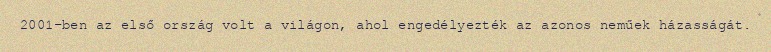
2001-ben az első ország volt a világon, ahol engedélyezték az azonos neműek házasságát.